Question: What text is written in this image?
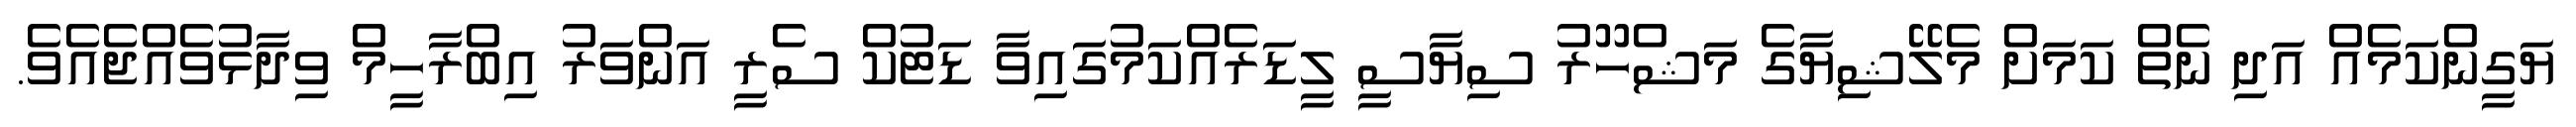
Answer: ޔަގީންކަމެއް އަދި ނެތް ކަމަށް މެލޭޝިޔާގެ މަޝްހޫރު ސިޔާސީ ލީޑަރެއްކަމުގައިވާ ޑަޓުކް ސެރީ އަންވަރު އިބްރާހީމް ވިދާޅުވެއްޖެއެވެ.